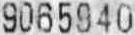
9065940